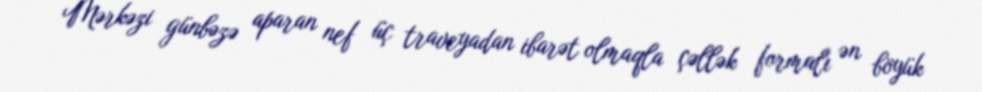
Mərkəzi günbəzə aparan nef üç traveyadan ibarət olmaqla çəllək formalı ən böyük